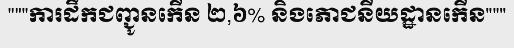
"""ការដឹកជញ្ជូនកើន ២,៦% និងភោជនីយដ្ឋានកើន"""